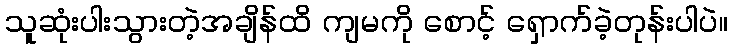
သူဆုံးပါးသွားတဲ့အချိန်ထိ ကျမကို စောင့် ရှောက်ခဲ့တုန်းပါပဲ။